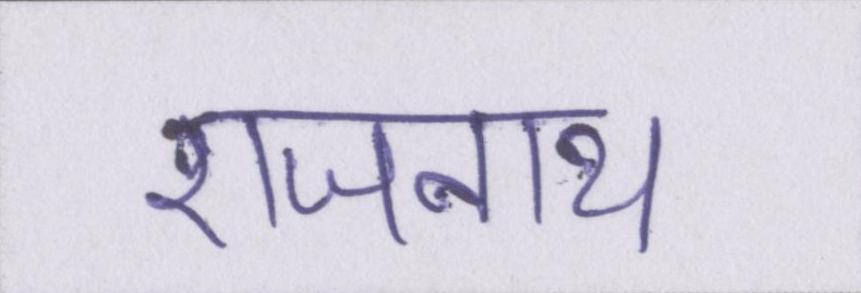
राजनाथ